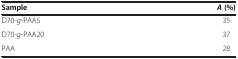
<table><thead><tr><td><b>Sample</b></td><td><b><i>А </i>(%)</b></td></tr></thead><tbody><tr><td>D70-<i>g</i>-PAA5</td><td>35</td></tr><tr><td>D70-<i>g</i>-PAA20</td><td>37</td></tr><tr><td>PAA</td><td>28</td></tr></tbody></table>